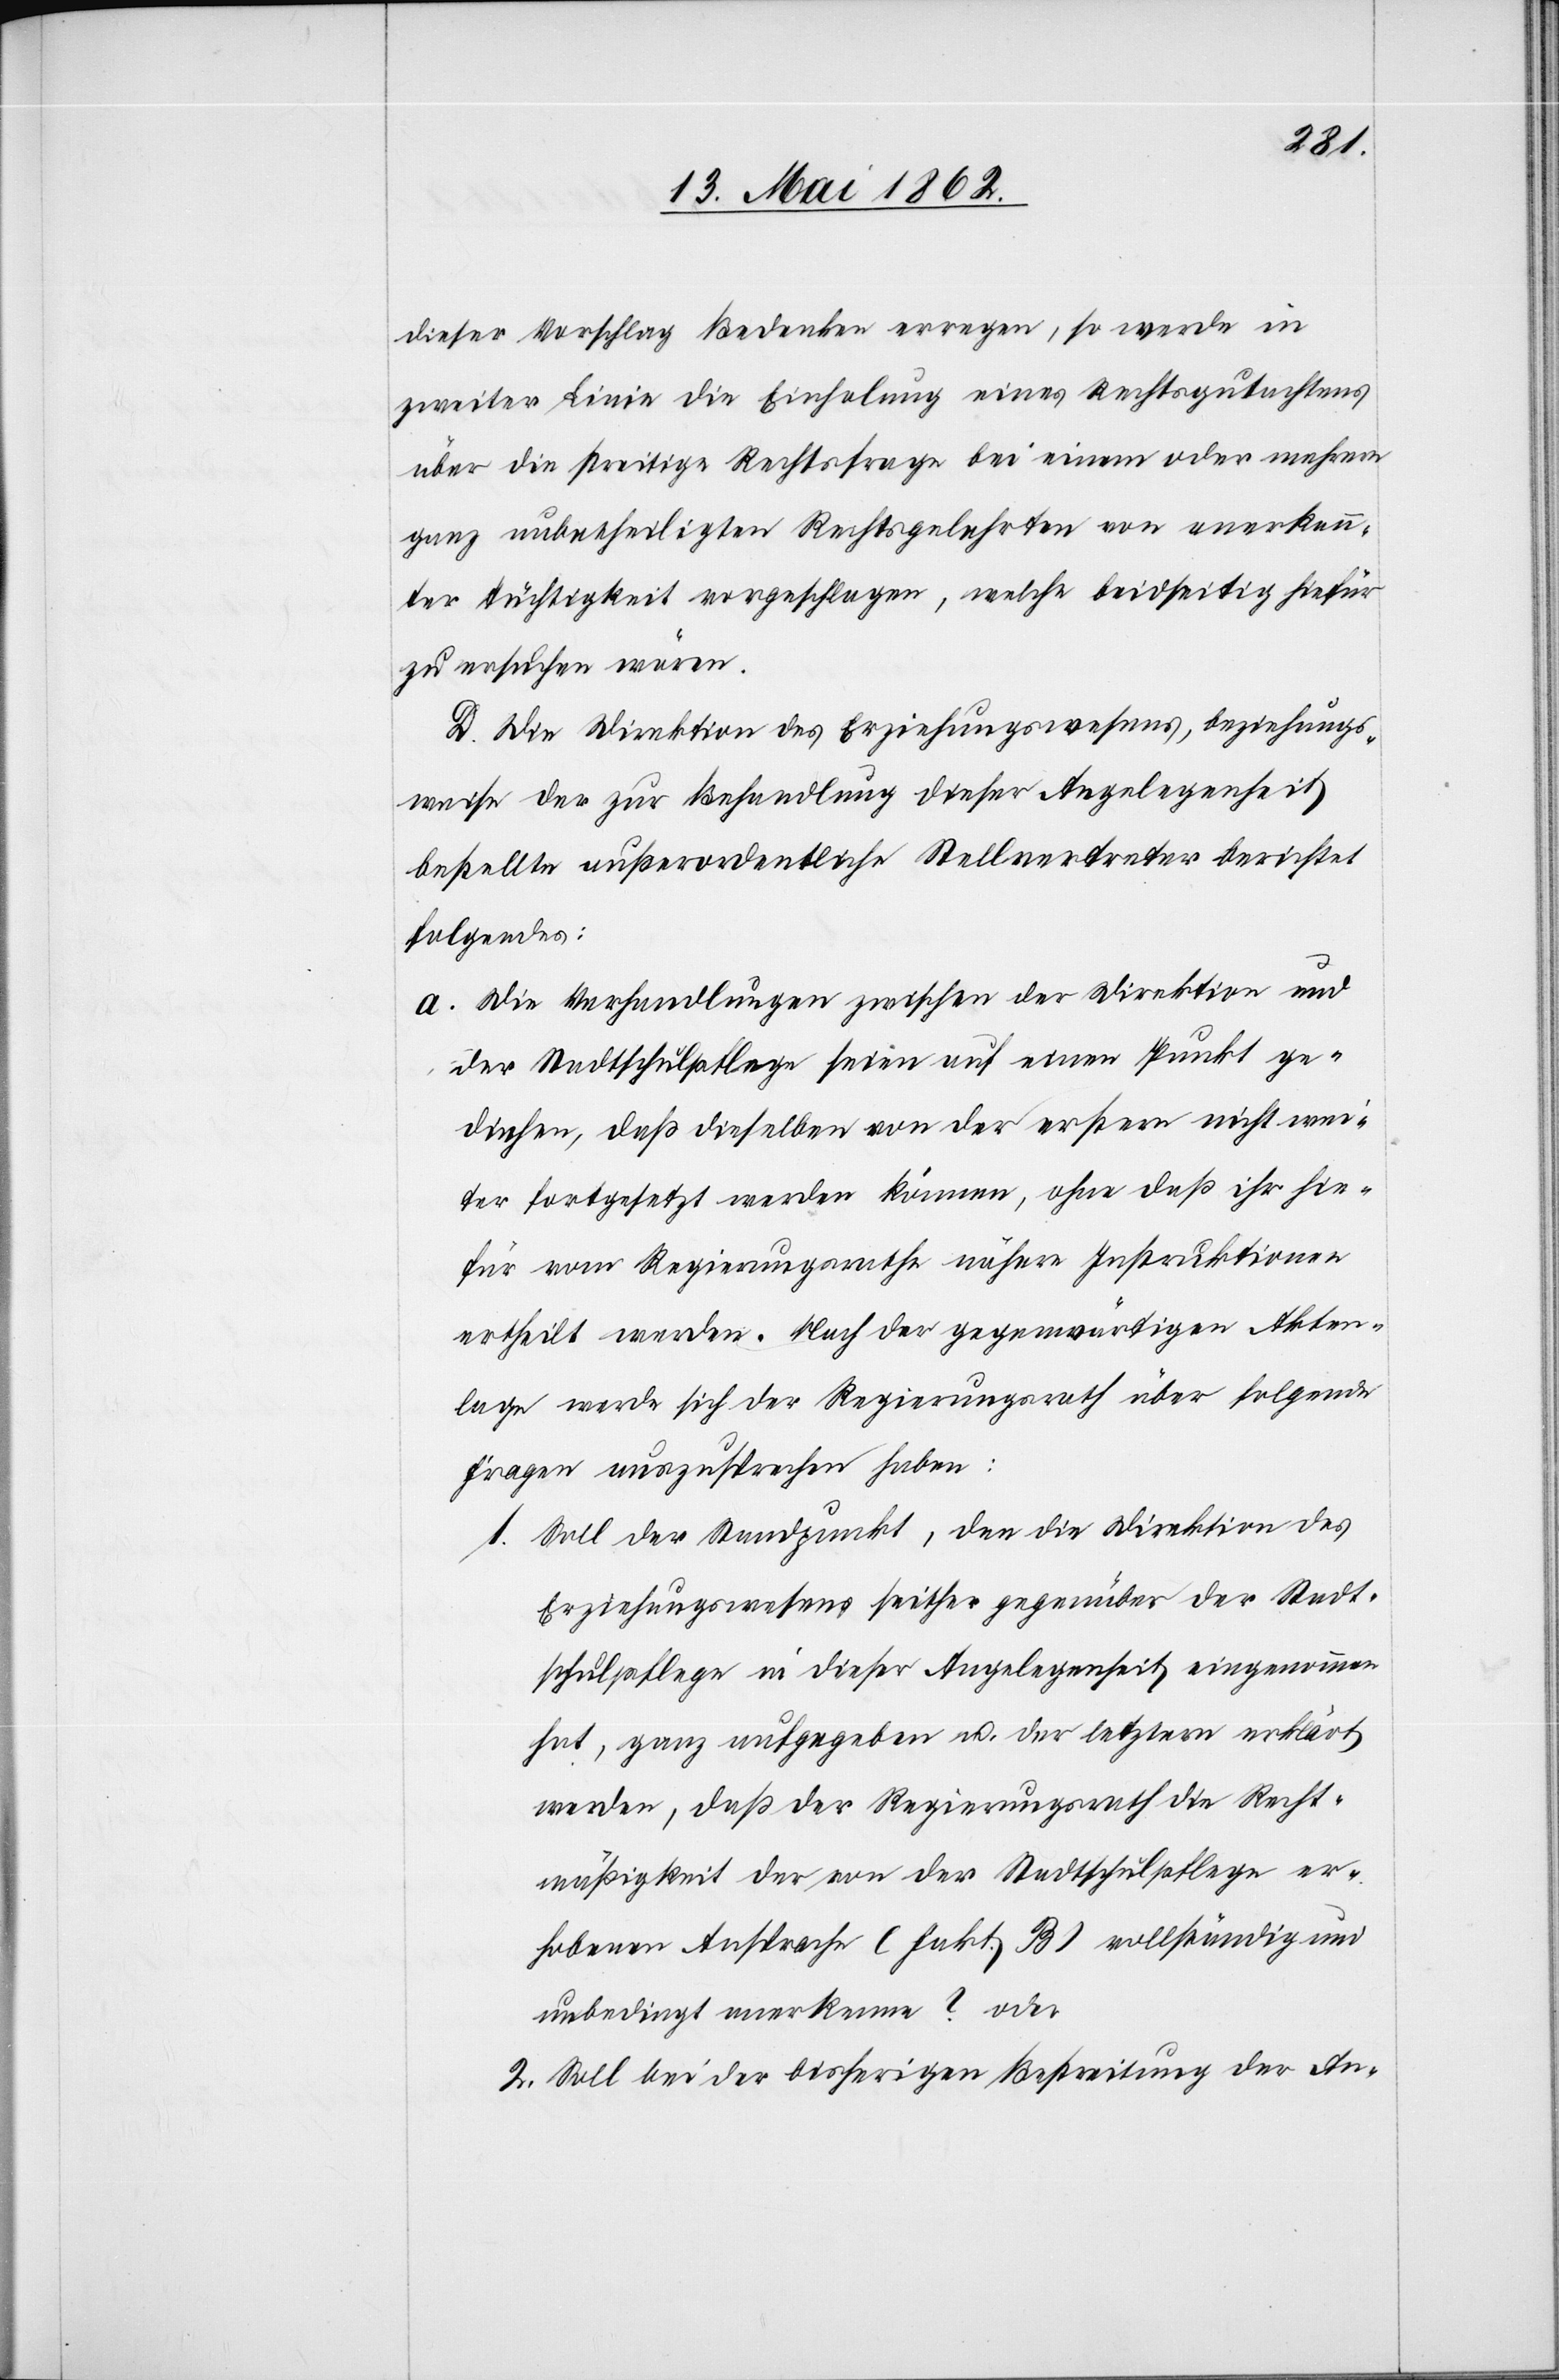
dieser Vorschlag Bedenken erregen, so werde in
zweiter Linie die Einholung eines Rechtsgutachtens
über die streitige Rechtsfrage bei einem oder mehreren
ganz unbetheiligten Rechtsgelehrten von anerkann¬
ter Tüchtigkeit vorgeschlagen, welche beidseitig hiefür
zu ersuchen wären.
Die Direktion des Erziehungswesens, beziehungs¬
weise der zur Behandlung dieser Angelegenheit
bestellte außerordentliche Stellvertreter berichtet
folgendes:
a. Die Verhandlungen zwischen der Direktion und
der Stadtschulpflege seien auf einem Punkt ge¬
diehen, daß dieselben von der erstern nicht wei¬
ter fortgesetzt werden können, ohne daß ihr hie¬
für vom Regierungsrathe nähere Instruktionen
ertheilt werden. Nach der gegenwärtigen Akten¬
lage werde sich der Regierungsrath über folgende
Fragen auszusprechen haben:
1. Soll der Standpunkt, den die Direktion des
Erziehungswesens seither gegenüber der Stadt¬
schulpflege in dieser Angelegenheit eingenommen
hat, ganz aufgegeben u. der letztern erklärt
werden, daß der Regierungsrath die Recht¬
mäßigkeit der von der Stadtschulpflege er¬
hobenen Ansprache (fakt. B) vollständig und
unbedingt anerkenne? oder
2. Soll bei der bisherigen Bestreitung der An-